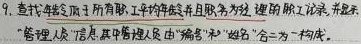
9. 查找年龄大于所有职工平均年龄并且职务为经理的职工记录, 并显示 "管理人员" 信息, 其中管理人员由 "编号" 和 "姓名" 合二为一构成。